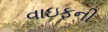
વાઇફની